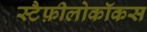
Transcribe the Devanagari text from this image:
स्टैफ़ीलोकॉकस